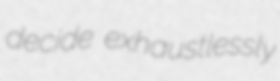
decide exhaustlessly